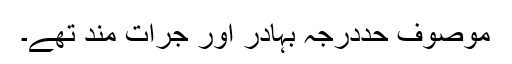
موصوف حددرجہ بہادر اور جرأت مند تھے۔